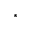
^ \ast